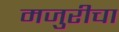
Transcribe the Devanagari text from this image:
मजुरीचा